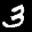
Label: 3